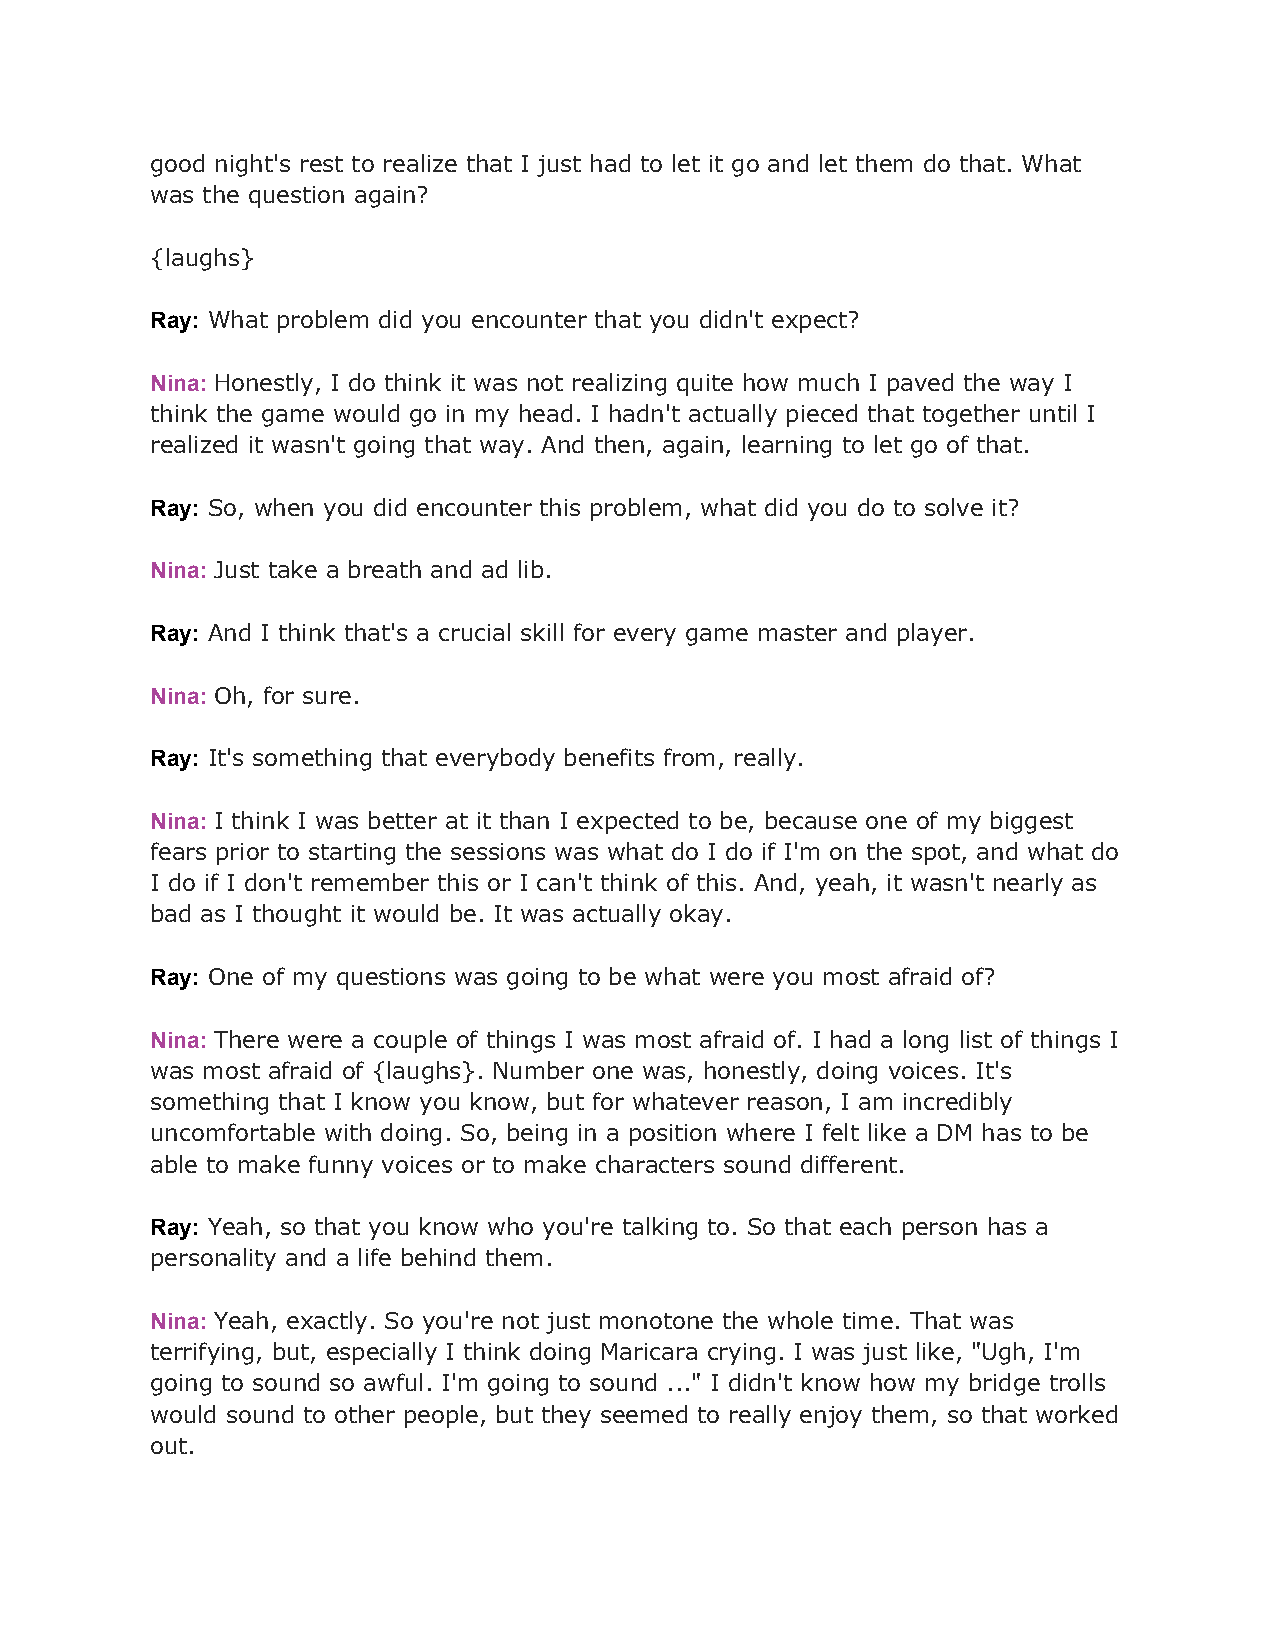
good night's rest to realize that I just had to let it go and let them do that. What
 was the question again?
 {laughs}
 Ray: What problem did you encounter that you didn't expect?
 ​
 Nina: Honestly, I do think it was not realizing quite how much I paved the way I
 ​
 think the game would go in my head. I hadn't actually pieced that together until I
 realized it wasn't going that way. And then, again, learning to let go of that.
 Ray: So, when you did encounter this problem, what did you do to solve it?
 ​
 Nina: Just take a breath and ad lib.
 ​
 Ray: And I think that's a crucial skill for every game master and player.
 ​
 Nina: Oh, for sure.
 ​
 Ray: It's something that everybody benefits from, really.
 ​
 Nina: I think I was better at it than I expected to be, because one of my biggest
 ​
 fears prior to starting the sessions was what do I do if I'm on the spot, and what do
 I do if I don't remember this or I can't think of this. And, yeah, it wasn't nearly as
 bad as I thought it would be. It was actually okay.
 Ray: One of my questions was going to be what were you most afraid of?
 ​
 Nina: There were a couple of things I was most afraid of. I had a long list of things I
 ​
 was most afraid of {laughs}. Number one was, honestly, doing voices. It's
 something that I know you know, but for whatever reason, I am incredibly
 uncomfortable with doing. So, being in a position where I felt like a DM has to be
 able to make funny voices or to make characters sound different.
 Ray: Yeah, so that you know who you're talking to. So that each person has a
 ​
 personality and a life behind them.
 Nina: Yeah, exactly. So you're not just monotone the whole time. That was
 ​
 terrifying, but, especially I think doing Maricara crying. I was just like, "Ugh, I'm
 going to sound so awful. I'm going to sound ..." I didn't know how my bridge trolls
 would sound to other people, but they seemed to really enjoy them, so that worked
 out.